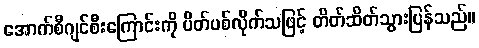
အောက်စီဂျင်စီးကြောင်းကို ပိတ်ပစ်လိုက်သဖြင့် တိတ်ဆိတ်သွားပြန်သည်။